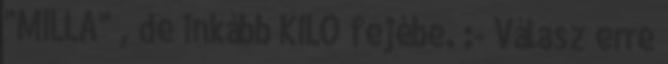
"MILLA" , de inkább KILO fejébe. :- Válasz erre